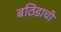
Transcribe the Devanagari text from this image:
बठिंडाची